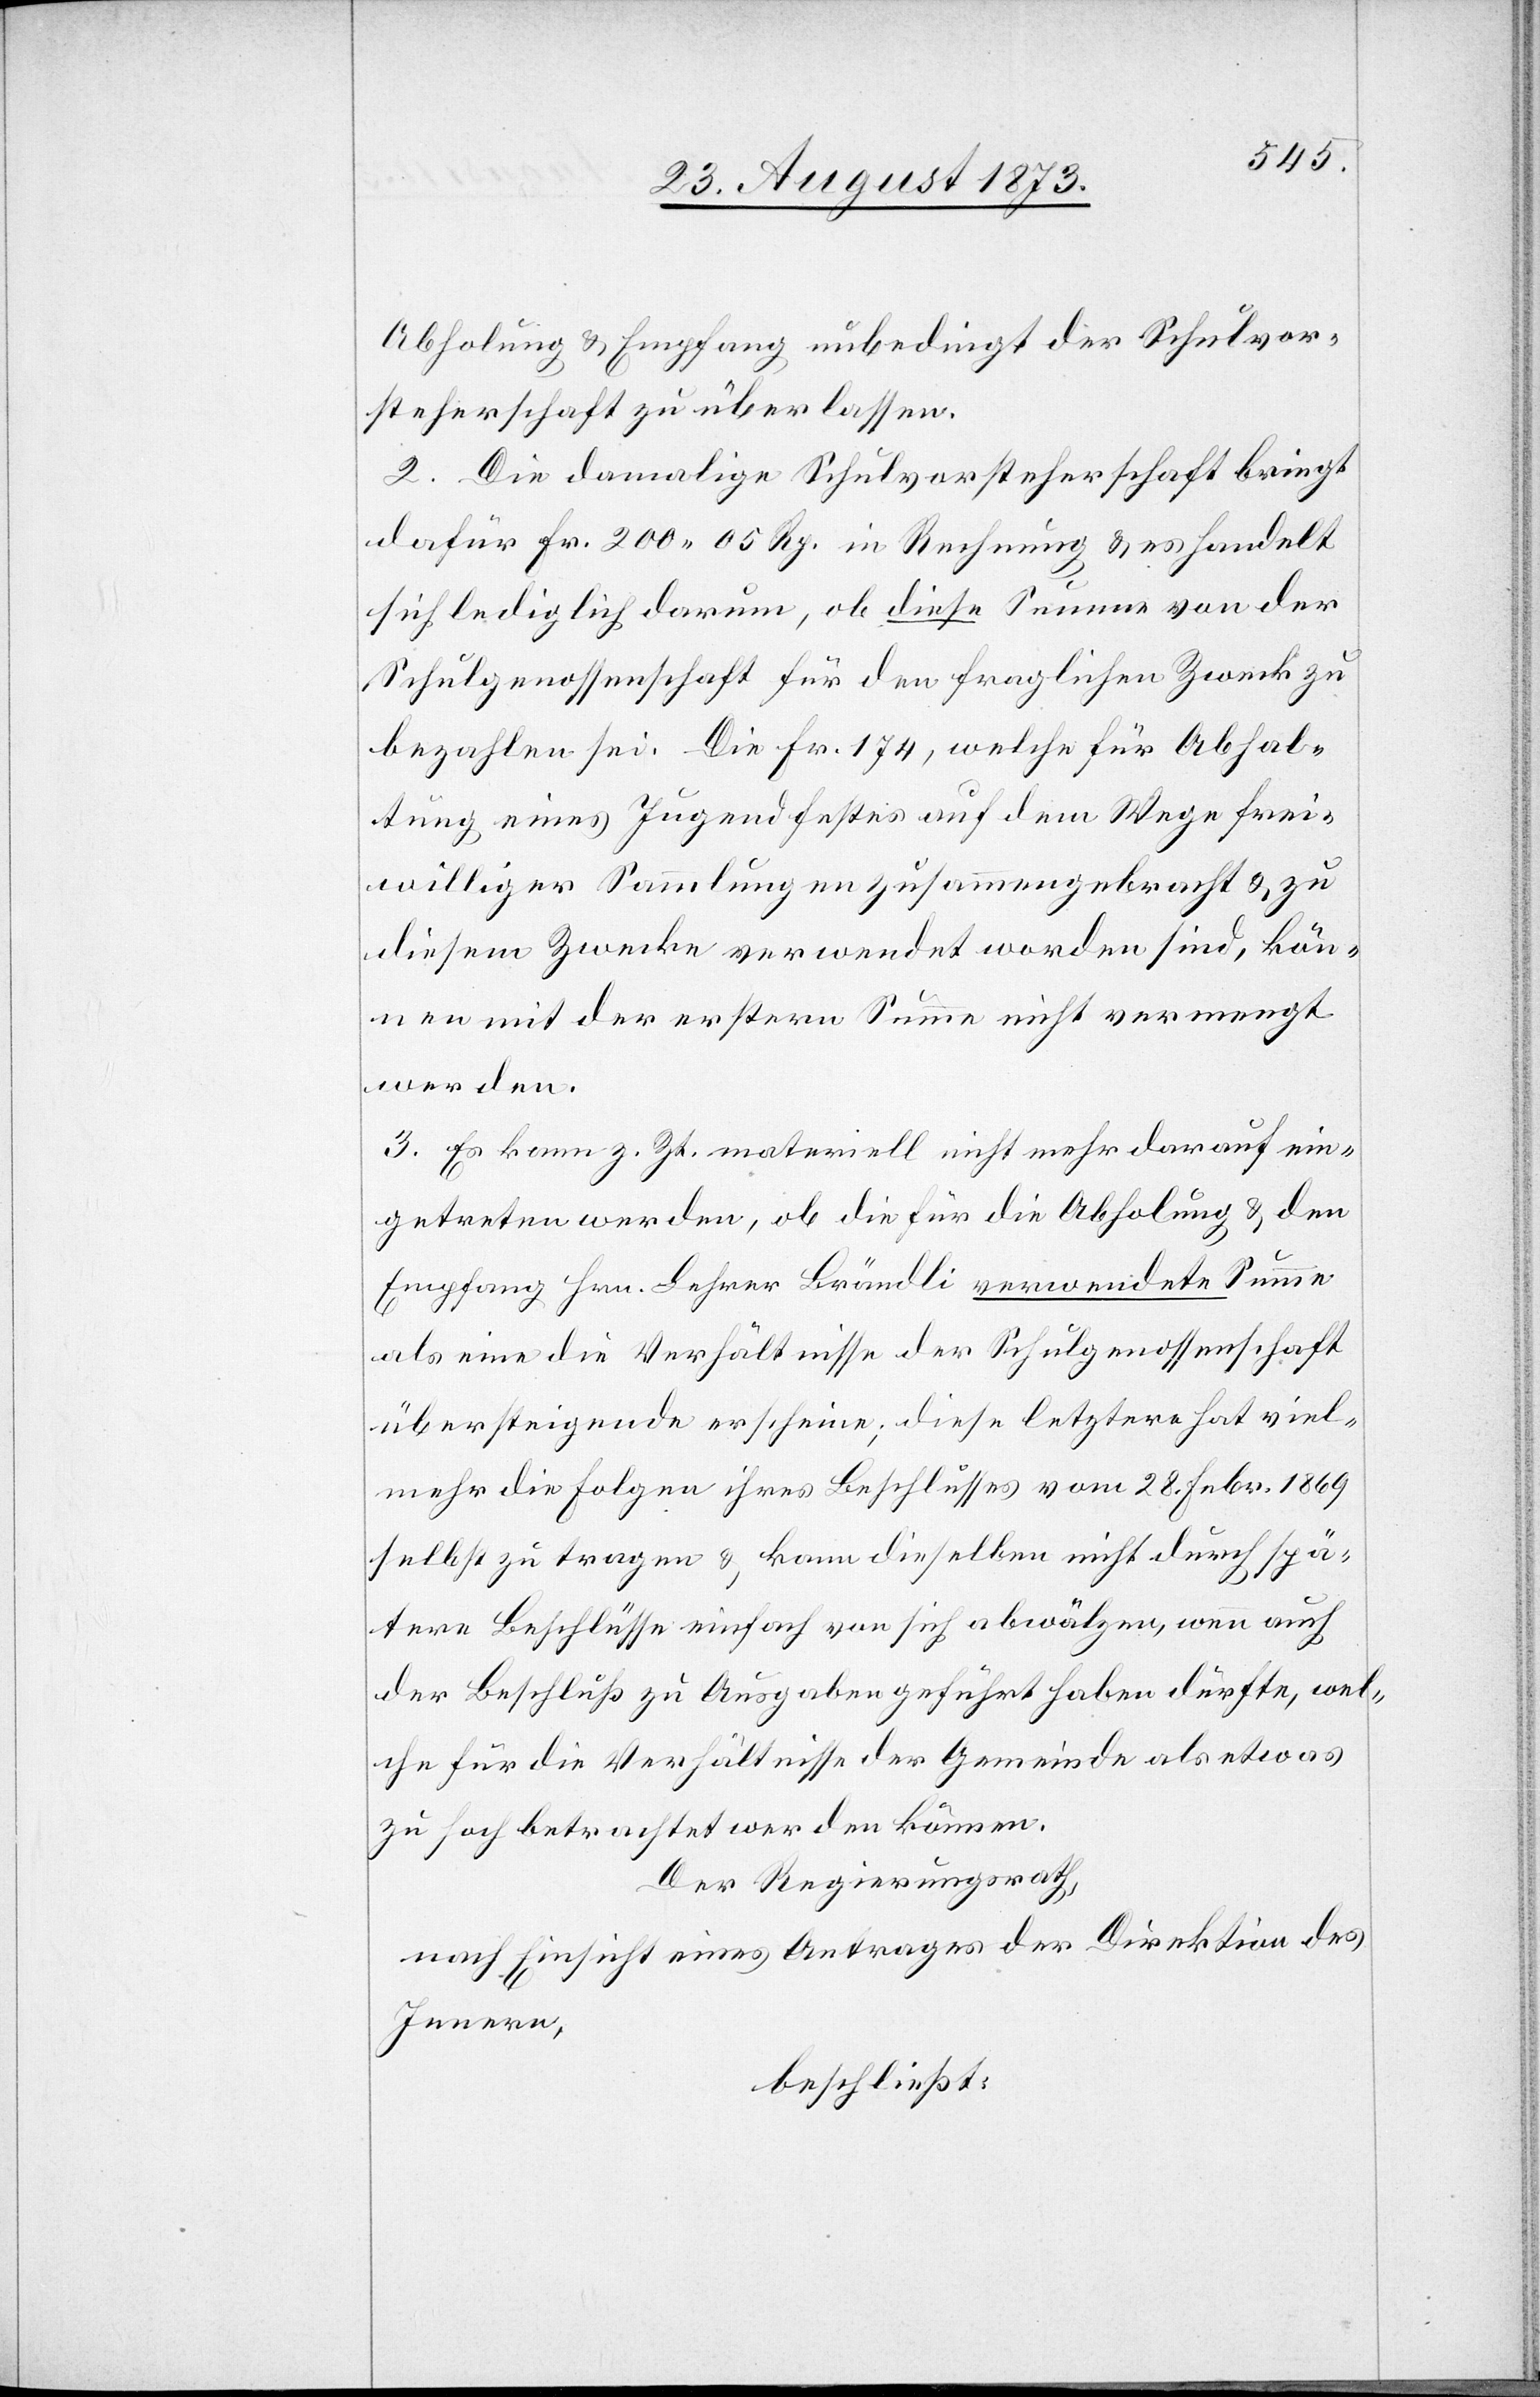
Abholung & Empfang unbedingt der Schulvor¬
steherschaft zu überlassen.
2. Die damalige Schulvorsteherschaft bringt
dafür Fr. 200 05 Rp. in Rechnung & es handelt
sich lediglich darum, ob diese Summe von der
Schulgenossenschaft für den fraglichen Zweck zu
bezahlen sei. Die Fr. 174, welche für Abhal¬
tung eines Jugendfestes auf dem Wege frei¬
williger Sammlungen zusammengebracht & zu
diesem Zwecke verwendet worden sind, kön¬
nen mit der erstern Summe nicht vermengt
werden.
3. Es kann z. Zt. materiell nicht mehr darauf ein¬
getreten werden, ob die für die Abholung & den
Empfang Hrn. Lehrer Brändli [sic!] verwendete Summe
als eine die Verhältnisse der Schulgenossenschaft
übersteigende erscheine; diese letztere hat viel¬
mehr die Folgen ihres Beschlusses vom 28. Febr. 1869
selbst zu tragen & kann dieselben nicht durch spä¬
tere Beschlüsse einfach von sich abwälzen, wenn auch
der Beschluß zu Ausgaben geführt haben dürfte, wel¬
che für die Verhältnisse der Gemeinde als etwas
zu hoch betrachtet werden können.
Der Regierungsrath,
nach Einsicht eines Antrages der Direktion des
Innern,
beschließt: